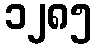
၁၂၈၅